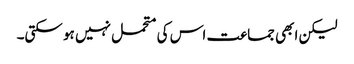
لیکن ابھی جماعت اس کی متحمل نہیں ہو سکتی۔